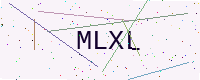
Text: MLXL